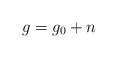
\begin{align*}g=g_0+n\end{align*}